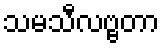
သမသီလဗ္ဗတာ